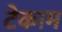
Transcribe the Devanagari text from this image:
टेकाम